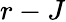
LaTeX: r-J